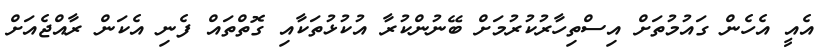
އެއީ އެހެން ގައުމުތަށް އިސްތިހާރުކުރުމަށް ބޭނުންކުރާ އުކުޅުތަކާއި ގޮތްތައް ފެނި އެކަން ރާއްޖެއަށް